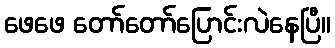
ဖေဖေ တော်တော်ပြောင်းလဲနေပြီ။